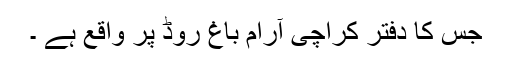
جس کا دفتر کراچی آرام باغ روڈ پر واقع ہے ۔